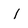
Character: l